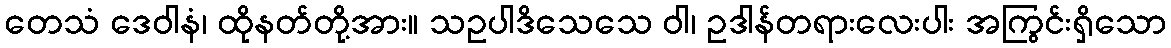
တေသံ ဒေဝါနံ၊ ထိုနတ်တို့အား။ သဥပါဒိသေသေ ဝါ၊ ဥဒါန်တရားလေးပါး အကြွင်းရှိသော